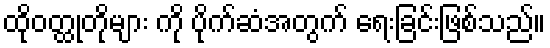
ထိုဝတ္ထုတိုများ ကို ပိုက်ဆံအတွက် ရေးခြင်းဖြစ်သည်။